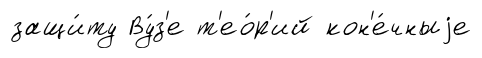
защи́ту Ву́з'е т'ео́р'ий кон'е́чныjе